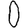
Digit: 0